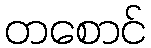
တစောင်